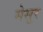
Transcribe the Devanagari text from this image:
मेसूर